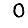
Digit: 0